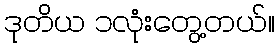
ဒုတိယ ၁လုံးတွေ့တယ်။